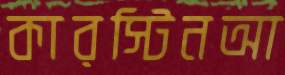
কারস্টিনআ